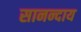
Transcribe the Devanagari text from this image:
सानन्दाय